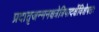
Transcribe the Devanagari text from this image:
प्रदातृजन्मनक्षत्रेत्रिपादर्क्षेविशेषतः